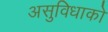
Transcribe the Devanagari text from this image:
असुविधाको